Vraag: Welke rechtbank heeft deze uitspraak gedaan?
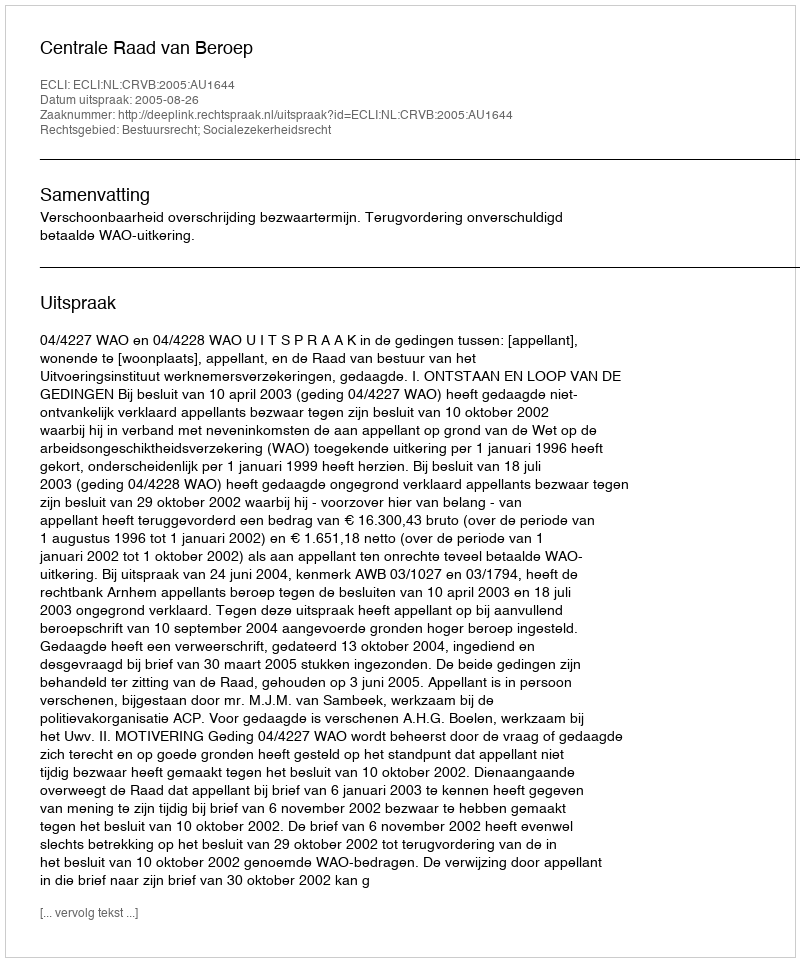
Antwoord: Centrale Raad van Beroep